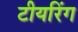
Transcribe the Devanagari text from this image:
टीयरिंग